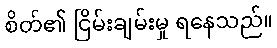
စိတ်၏ ငြိမ်းချမ်းမှု ရနေသည်။